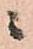
ニ